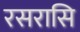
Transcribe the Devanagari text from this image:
रसरासि